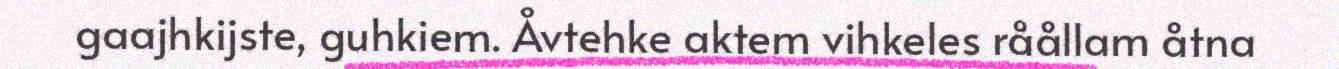
gaajhkijste, guhkiem. Åvtehke aktem vihkeles råållam åtna